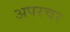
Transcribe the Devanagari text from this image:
अपरचर